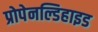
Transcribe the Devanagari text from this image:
प्रोपेनल्डिहाइड